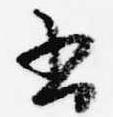
書